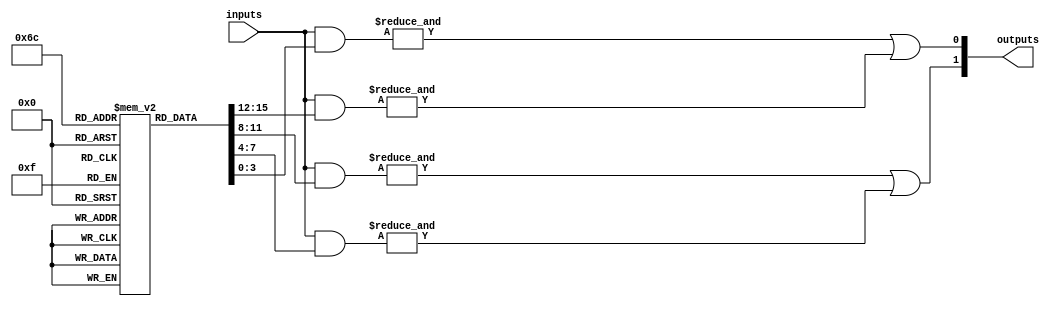
module masked_pal (
    input wire [N-1:0] inputs,      // N input lines
    output wire [M-1:0] outputs      // M output lines
);

// Parameters
parameter N = 4;                   // Number of inputs
parameter M = 2;                   // Number of outputs
parameter AND_GATE_COUNT = 4;     // Number of AND gates

// Internal signals for AND gate outputs
wire [AND_GATE_COUNT-1:0] and_outputs;

// Masked connections for AND gates
// Each bit represents whether the corresponding input is connected (1) or not (0)
// Example: {1, 0, 1, 1} means inputs 0, 2, and 3 are connected to this AND gate
reg [N-1:0] and_mask [0:AND_GATE_COUNT-1];

// Define the AND gate logic
genvar i;
generate
    for (i = 0; i < AND_GATE_COUNT; i = i + 1) begin : and_gate
        assign and_outputs[i] = &({inputs & and_mask[i]}); // AND operation with masking
    end
endgenerate

// Fixed OR connections
assign outputs[0] = and_outputs[0] | and_outputs[1]; // OR gate 1
assign outputs[1] = and_outputs[2] | and_outputs[3]; // OR gate 2

// Initialization of the AND gate masks (this would typically be done during manufacturing)
initial begin
    // Example configuration for AND gates
    // AND gate 0: inputs 0, 2, 3
    and_mask[0] = 4'b1011; // Connect inputs 0, 2, 3
    // AND gate 1: inputs 1, 3
    and_mask[1] = 4'b1001; // Connect inputs 1, 3
    // AND gate 2: inputs 0, 1
    and_mask[2] = 4'b0011; // Connect inputs 0, 1
    // AND gate 3: inputs 2
    and_mask[3] = 4'b0100; // Connect input 2
end

endmodule